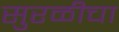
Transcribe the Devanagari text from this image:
सुरळीचा